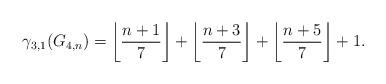
LaTeX: \begin{align*} \gamma_{3,1}(G_{4, n}) = \left\lfloor \frac{n+1}{7} \right\rfloor + \left\lfloor \frac{n+3}{7} \right\rfloor + \left\lfloor \frac{n+5}{7} \right\rfloor +1 .\end{align*}